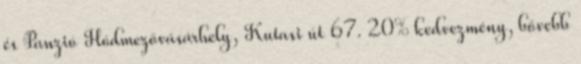
és Panzió Hódmezővásárhely, Kutasi út 67. 20% kedvezmény, bővebb